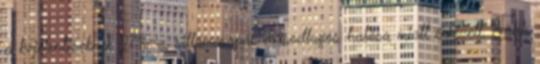
a bejelentéseknek 27%-a, villámcsapás másodlagos hatása miatt érkezett. Több